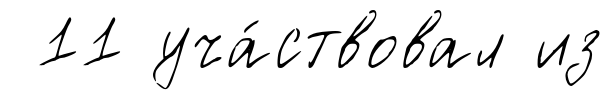
11 уча́ствовал из